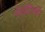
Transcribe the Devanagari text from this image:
नोडविली